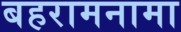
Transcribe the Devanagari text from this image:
बहरामनामा